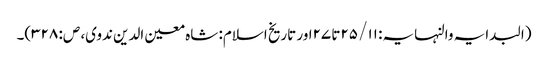
(البدایہ والنہایہ: ۱۱/ ۲۵تا ۲۷اور تاریخ اسلام: شاہ معین الدین ندوی، ص: ۳۲۸)۔